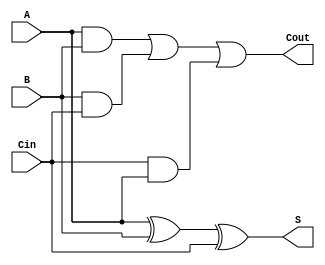

`timescale 1ns / 1ps

module FullAdder1Bit(
    input A,B,Cin,
    output S,Cout
    );
	 
	 assign S = A^B^Cin;
	 assign Cout = A&B | B&Cin | Cin&A;
		

endmodule